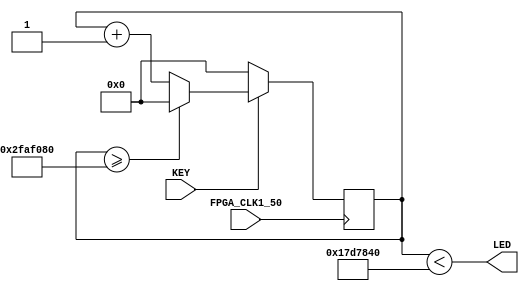
module blink (
   input FPGA_CLK1_50,
	input [0:0] KEY,
	output [0:0] LED
);

parameter FULL_COUNT = 50_000_000;

localparam HALF_COUNT = FULL_COUNT/2;

reg [31:0] counter;

wire sys_clk =FPGA_CLK1_50;

wire rst =KEY[0];

always @(posedge sys_clk) begin
  if (!rst) begin
    counter <= 0;
	end
	else begin
	if (counter >=FULL_COUNT) counter <=0;
	else counter <=counter +1;
	end
	end
	
	assign LED[0] = counter < HALF_COUNT;
	
	endmodule